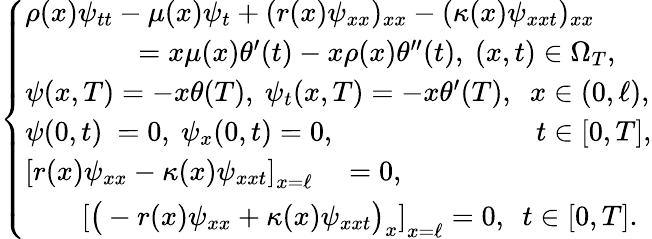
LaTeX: \begin{array}{r}{\left\{ \begin{array}{lc}{\rho(x)\psi_{tt}-\mu(x)\psi_{t}+(r(x)\psi_{xx})_{xx}-(\kappa(x)\psi_{xxt})_{xx}}\\ {\qquad\qquad=x\mu(x)\theta^{\prime}(t)-x\rho(x)\theta^{\prime\prime}(t),\ (x,t)\in\Omega_{T},}\\ {\psi(x,T)=-x\theta(T),~\psi_{t}(x,T)=-x\theta^{\prime}(T),~\; x\in(0,\ell),}\\ {\psi(0,t)\ =0,~\psi_{x}(0,t)=0,~\qquad\qquad\qquad\ \; \; t\in[0,T],}\\ {\left[r(x)\psi_{xx}-\kappa(x)\psi_{xxt}\right]_{x=\ell}\quad=0,}\\ {\quad\quad\left[\big(-r(x)\psi_{xx}+\kappa(x)\psi_{xxt}\big)_{x}\right]_{x=\ell}=0,\ \ t\in[0,T].}\end{array}\right.}\end{array}